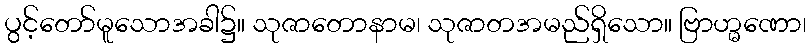
ပွင့်တော်မူသောအခါ၌။ သုဇာတောနာမ၊ သုဇာတအမည်ရှိသော။ ဗြာဟ္မဏော၊